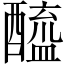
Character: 醯